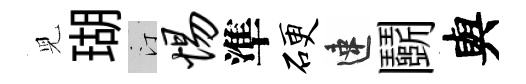
児瑚汀惕準硬速鬬與